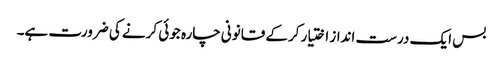
بس ایک درست انداز اختیار کرکے قانونی چارہ جوئی کرنے کی ضرورت ہے۔